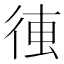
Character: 𰐰